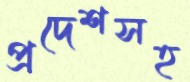
প্রদেশসহ